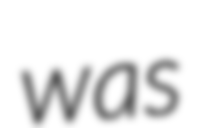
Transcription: was